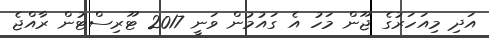
އަދި މިއަހަރުގެ ޖޫން މަހު އެ ގައުމުން ވަނީ 2017 ޓޫރިސްޓުން ރާއްޖެ